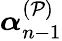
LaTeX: \boldsymbol\alpha_{n-1}^{(\mathcal{P})}